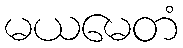
မယမေတံ